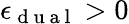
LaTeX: \epsilon_{\mathrm{~d~u~a~l~}}>0